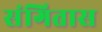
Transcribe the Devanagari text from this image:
संगितास